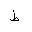
Letter: _da